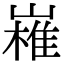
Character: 𭗔